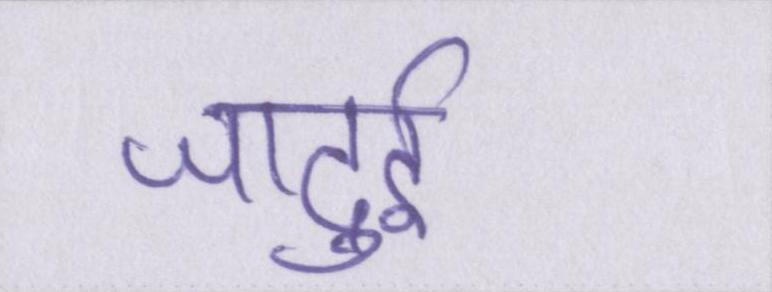
जादुई।